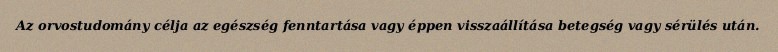
Az orvostudomány célja az egészség fenntartása vagy éppen visszaállítása betegség vagy sérülés után.